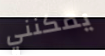
يمكنني